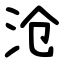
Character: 沧